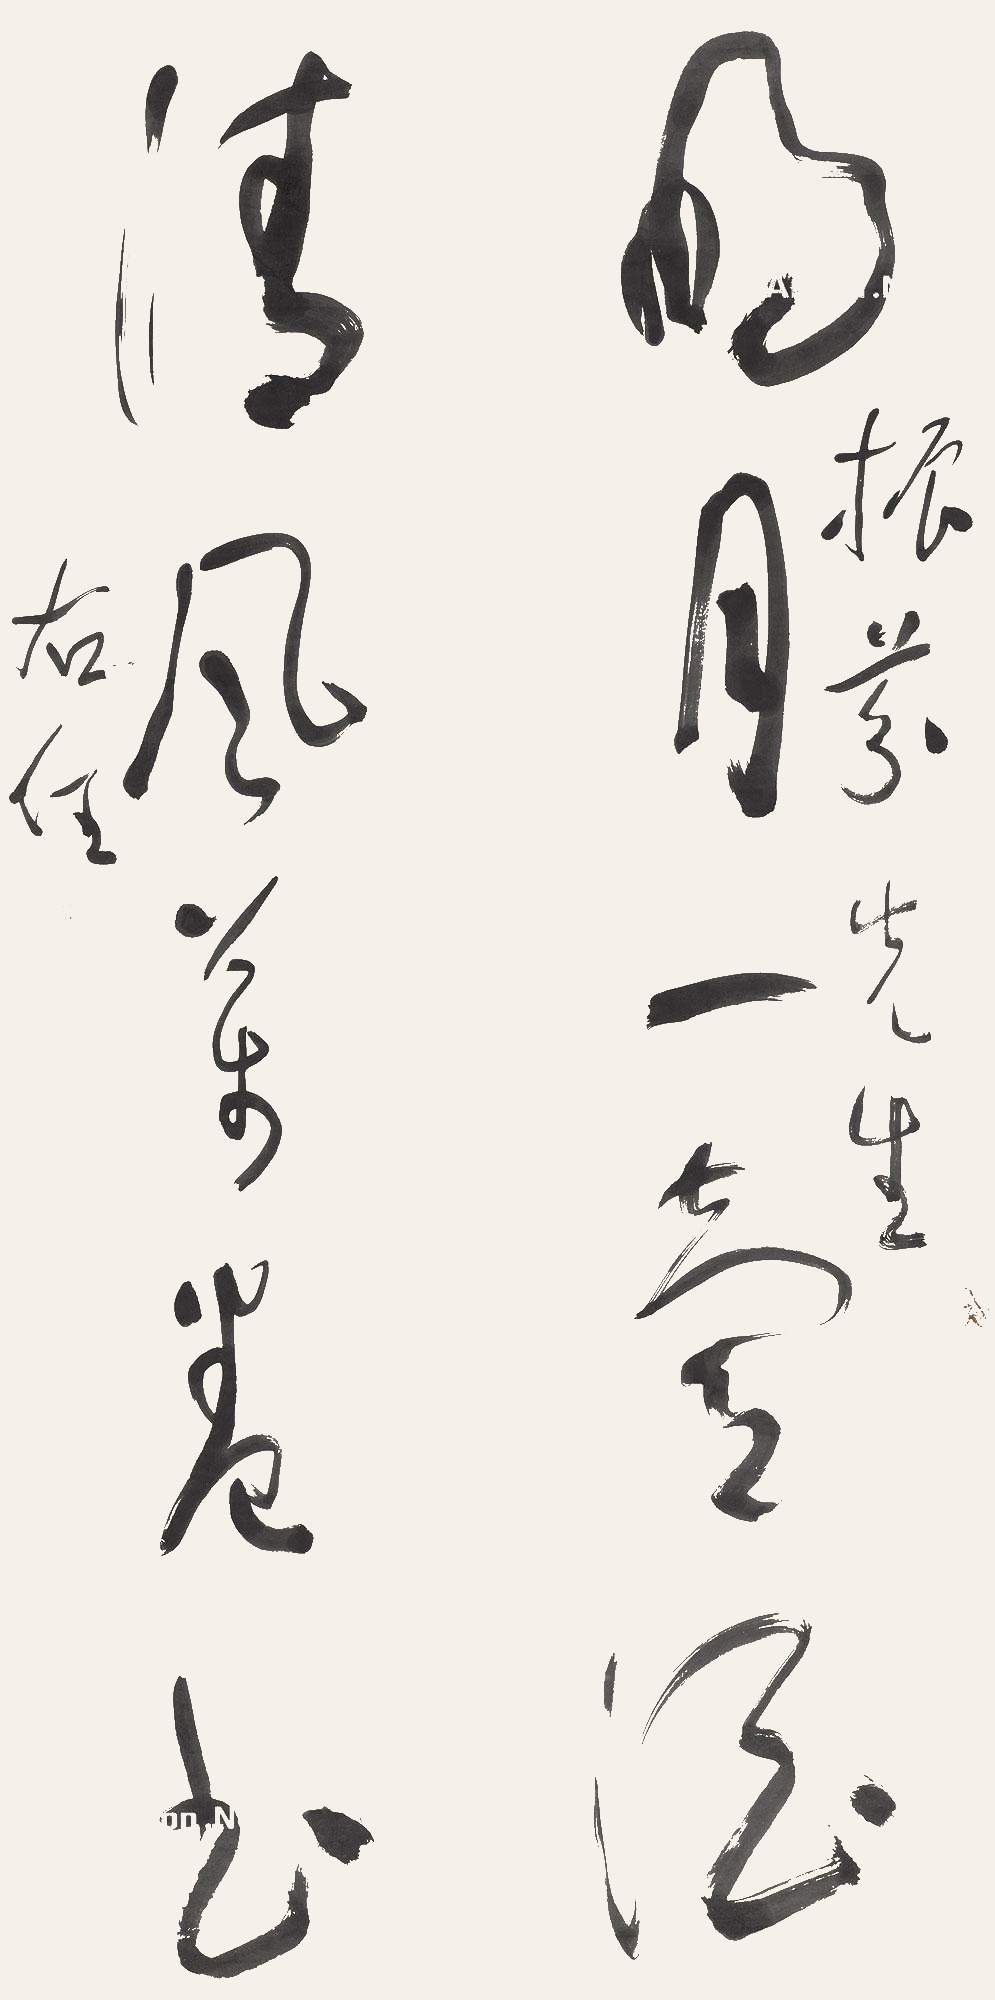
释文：明月一壶酒，清风万卷书。振芬先生，右任。